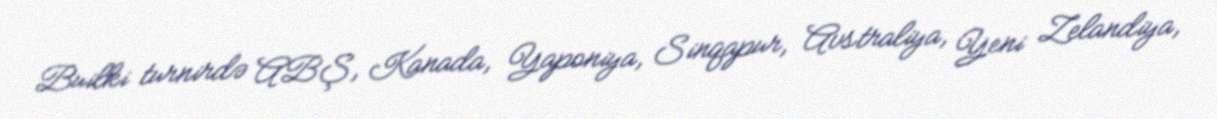
Builki turnirdə ABŞ, Kanada, Yaponiya, Sinqapur, Avstraliya, Yeni Zelandiya,